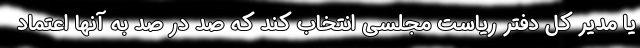
یا مدیر کل دفتر ریاست مجلسی انتخاب کند که صد در صد به آنها اعتماد